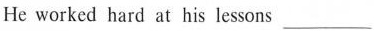
He worked hard at his lessons ___